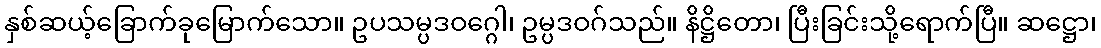
နှစ်ဆယ့်ခြောက်ခုမြောက်သော။ ဥပသမ္ပဒဝဂ္ဂေါ၊ ဥမ္ပဒဝဂ်သည်။ နိဋ္ဌိတော၊ ပြီးခြင်းသို့ရောက်ပြီ။ ဆဋ္ဌော၊